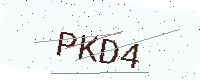
Text: PKD4